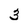
Character: 3